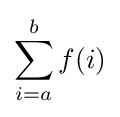
\sum _{i=a}^{b}f(i)